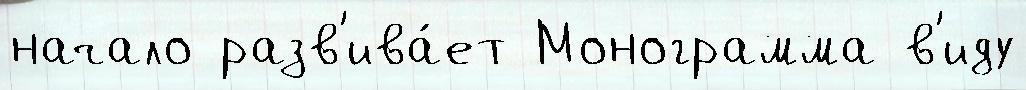
начало разв'ива́ет Монограмма в'иду